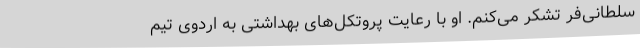
سلطانی‌فر تشکر می‌کنم. او با رعایت پروتکل‌های بهداشتی به اردوی تیم